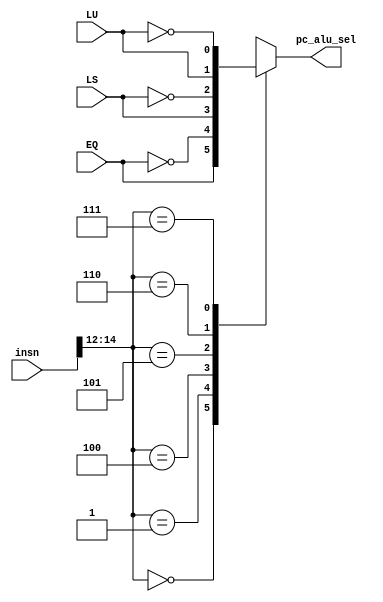
/* 
Mdulo para decodificao de instrues do tipo B branches com instrues de acordo com
o ISA do risc-v. O mdulo recebe a instruo e o sinal de clock
do processador, e retorna todas as sadas relevantes para serem enviadas ao circuito
*/
module DecoderBINSN (
  input wire [31:0] insn, // instruo de 32 bits
  input wire EQ, LS, LU, // entradas de comparao  
  output reg pc_alu_sel // Sinal que seleciona se qual incremeto ser dado ao PC
);
  wire [2:0] func; // net func para auxiliar na legibilidade do cdigo
  assign func = insn[14:12]; 

  always @(insn, EQ, LS, LU) begin
    /* realizamos as comparaes, e baseado no opcode, ou a alu do pc recebe 4 normalmente e 
    no realiza um branch, ou recebe o valor imediato e avana/retorna para algum endereo */
    case (func)
      3'b000: pc_alu_sel = (EQ);
      3'b001: pc_alu_sel = (~EQ);
      3'b100: pc_alu_sel = (LS);
      3'b101: pc_alu_sel = (~LS);
      3'b110: pc_alu_sel = (LU);
      3'b111: pc_alu_sel = (~LU);
      default: pc_alu_sel = 1'bx;
    endcase
  end

endmodule